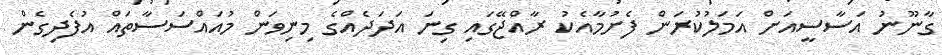
ގާނޫނު އަސާސީއަށް އަމަލުކުރަން ފެށުމާއެކު ރާއްޖޭގައި ގިނަ އަދަދެއްގެ މިނިވަން މުއައްސަސާތައް އުފެދިގެން